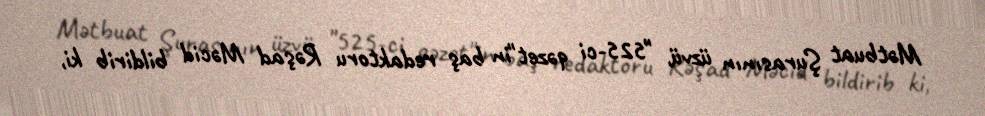
Mətbuat Şurasının üzvü, "525-ci qəzet"in baş redaktoru Rəşad Məcid bildirib ki,